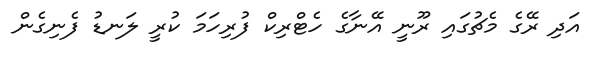
އަދި ރޭގެ މެޗުގައި ރޫނީ އޭނާގެ ހެޓްރިކް ފުރިހަމަ ކުރީ ލަނޑު ފެނިގެން